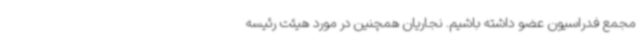
مجمع فدراسیون عضو داشته باشیم. نجاریان همچنین در مورد هیئت رئیسه